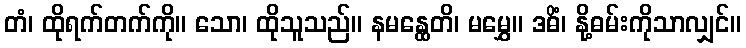
တံ၊ ထိုရက်တက်ကို။ သော၊ ထိုသူသည်။ နမန္ထေတိ၊ မမွှေ။ ဒဓိံ၊ နို့ဓမ်းကိုသာလျှင်။